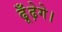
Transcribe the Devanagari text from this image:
ढूँढ़ेगे।